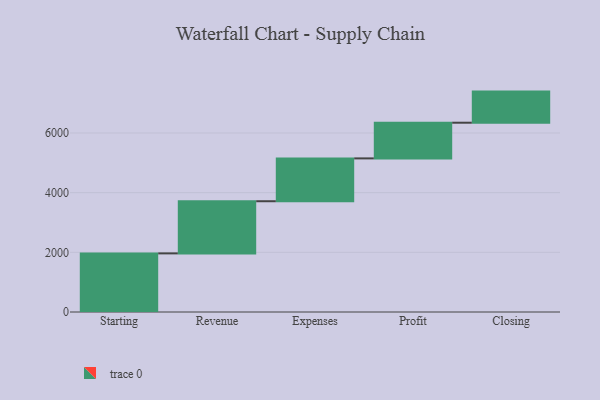
{"axis": {"x": "Step", "y": "Value"}, "legend": [""], "data": [{"x": "Starting", "y": 1965.0, "type": ""}, {"x": "Revenue", "y": 1748.0, "type": ""}, {"x": "Expenses", "y": 1436.0, "type": ""}, {"x": "Profit", "y": 1196.0, "type": ""}, {"x": "Closing", "y": 1043.0, "type": ""}]}